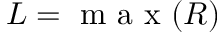
L = \mathrm { ~ m ~ a ~ x ~ } ( R )